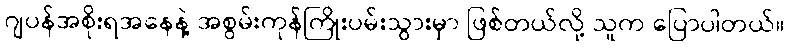
ဂျပန်အစိုးရအနေနဲ့ အစွမ်းကုန်ကြိုးပမ်းသွားမှာ ဖြစ်တယ်လို့ သူက ပြောပါတယ်။